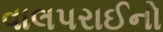
વાલપરાઈનો